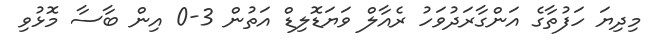
މިދިޔަ ހަފުތާގެ އަންގާރަދުވަހު ރެއާލް ވަޔަޑޮލިޑް އަތުން 3-0 އިން ބާސާ މޮޅުވި